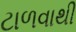
ટાળવાથી